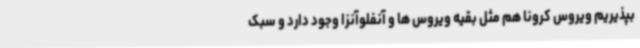
بپذیریم ویروس کرونا هم مثل بقیه ویروس ها و آنفلوآنزا وجود دارد و سبک